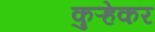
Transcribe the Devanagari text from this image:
कुऱ्हेकर